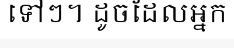
ទៅៗ។ ដូចដែលអ្នក